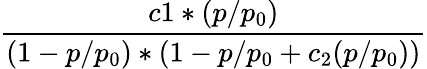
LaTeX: \frac{c1*(p/p_{0})}{(1-p/p_{0})*(1-p/p_{0}+c_{2}(p/p_{0}))}